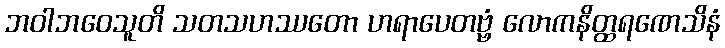
ဘဝါဘဝေသူတိ သတသဟဿတော ဟရာပေတဗ္ဗံ လောကနိတ္ထရဏေသိနံ